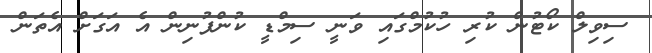
ސިވިލް ކޯޓުން ކުރި ހުކުމްގައި ވަނީ ސިމްޑީ ކުންފުނިން އެ އަގަށް އެތަން